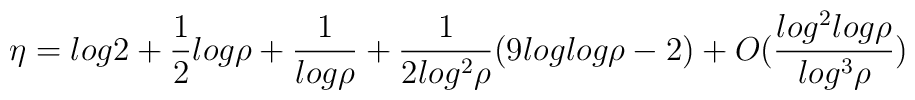
\eta = log2 + \frac{1}{2}log\rho + \frac{1}{log\rho}+\frac{1}{2log^{2}\rho}(9loglog\rho-2) +O(\frac{log^{2}log\rho}{log^{3}\rho})